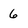
Character: 6